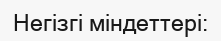
Негізгі міндеттері: